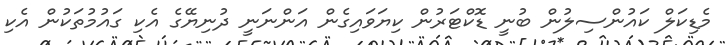
މެޑިކަލް ކައުންސިލުން ބުނީ ޑޮކްޓަރުން ކިޔަވައިގެން އަންނަނީ ދުނިޔޭގެ އެކި ގައުމުތަކުން އެކި